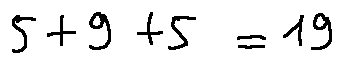
5 + 9 + 5 = 1 9